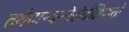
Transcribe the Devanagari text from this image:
तथैवान्यन्मेरोर्दक्षिणतो